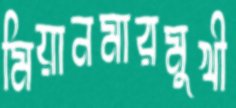
মিয়ানমারমুখী